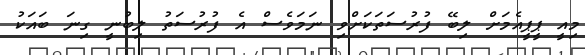
މިއީ ޕީޕީއެމަށް ލިބޭ ފުރުސަތަކަށްވި ނަމަވެސް އެ ފުރުސަތު ލިބުނީ ގިނަ ބައަކު